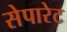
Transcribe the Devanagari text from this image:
सेपारेट